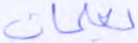
يعلمان